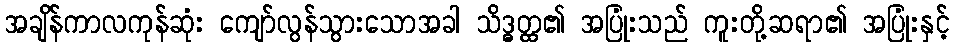
အချိန်ကာလကုန်ဆုံး ကျော်လွန်သွားသောအခါ သိဒ္ဓတ္ထ၏ အပြုံးသည် ကူးတို့ဆရာ၏ အပြုံးနှင့်